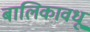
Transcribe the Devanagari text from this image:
बालिकावधू